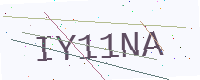
Text: IY11NA